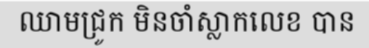
ឈាមជ្រូក មិនចាំស្លាកលេខ បាន